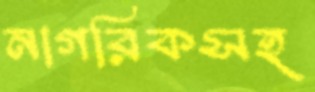
নাগরিকসহ